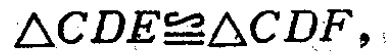
$\triangle CDE\cong\triangle CDF$